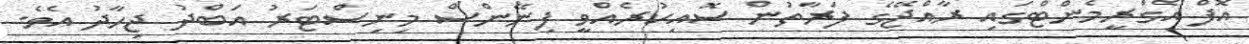
އޮފް އެގްރީމެންޓްގައި ރާއްޖޭގެ ފަރާތުން ސޮއިކުރެއްވީ ފިނޭންސް މިނިސްޓަރު އަބްދު ޖިހާދު އެވެ.